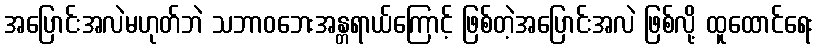
အပြောင်းအလဲမဟုတ်ဘဲ သဘာဝဘေးအန္တရာယ်ကြောင့် ဖြစ်တဲ့အပြောင်းအလဲ ဖြစ်လို့ ထူထောင်ရေး